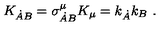
K _ { \dot { A } B } = \sigma _ { \dot { A } B } ^ { \mu } K _ { \mu } = k _ { \dot { A } } k _ { B } \ .